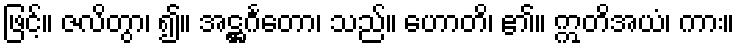
ဖြင့်။ ဇလိတွာ၊ ၍။ အဋ္ဌင်္ဂတော၊ သည်။ ဟောတိ၊ ၏။ ဣတိအယံ၊ ကား။